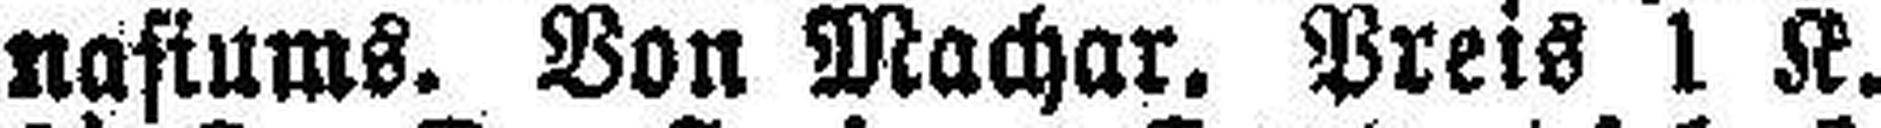
nasiums. Von Machar. Preis 1 K.